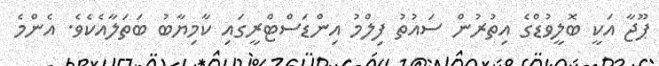
ޕޫޖާ އަކީ ބޮލީވުޑްގެ އިތުރުން ސައުތު ފިލްމު އިންޑަސްޓްރީގައި ކާމިޔާބު ބަތަލާއެކެވެ. އެންމެ